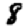
Digit: 8